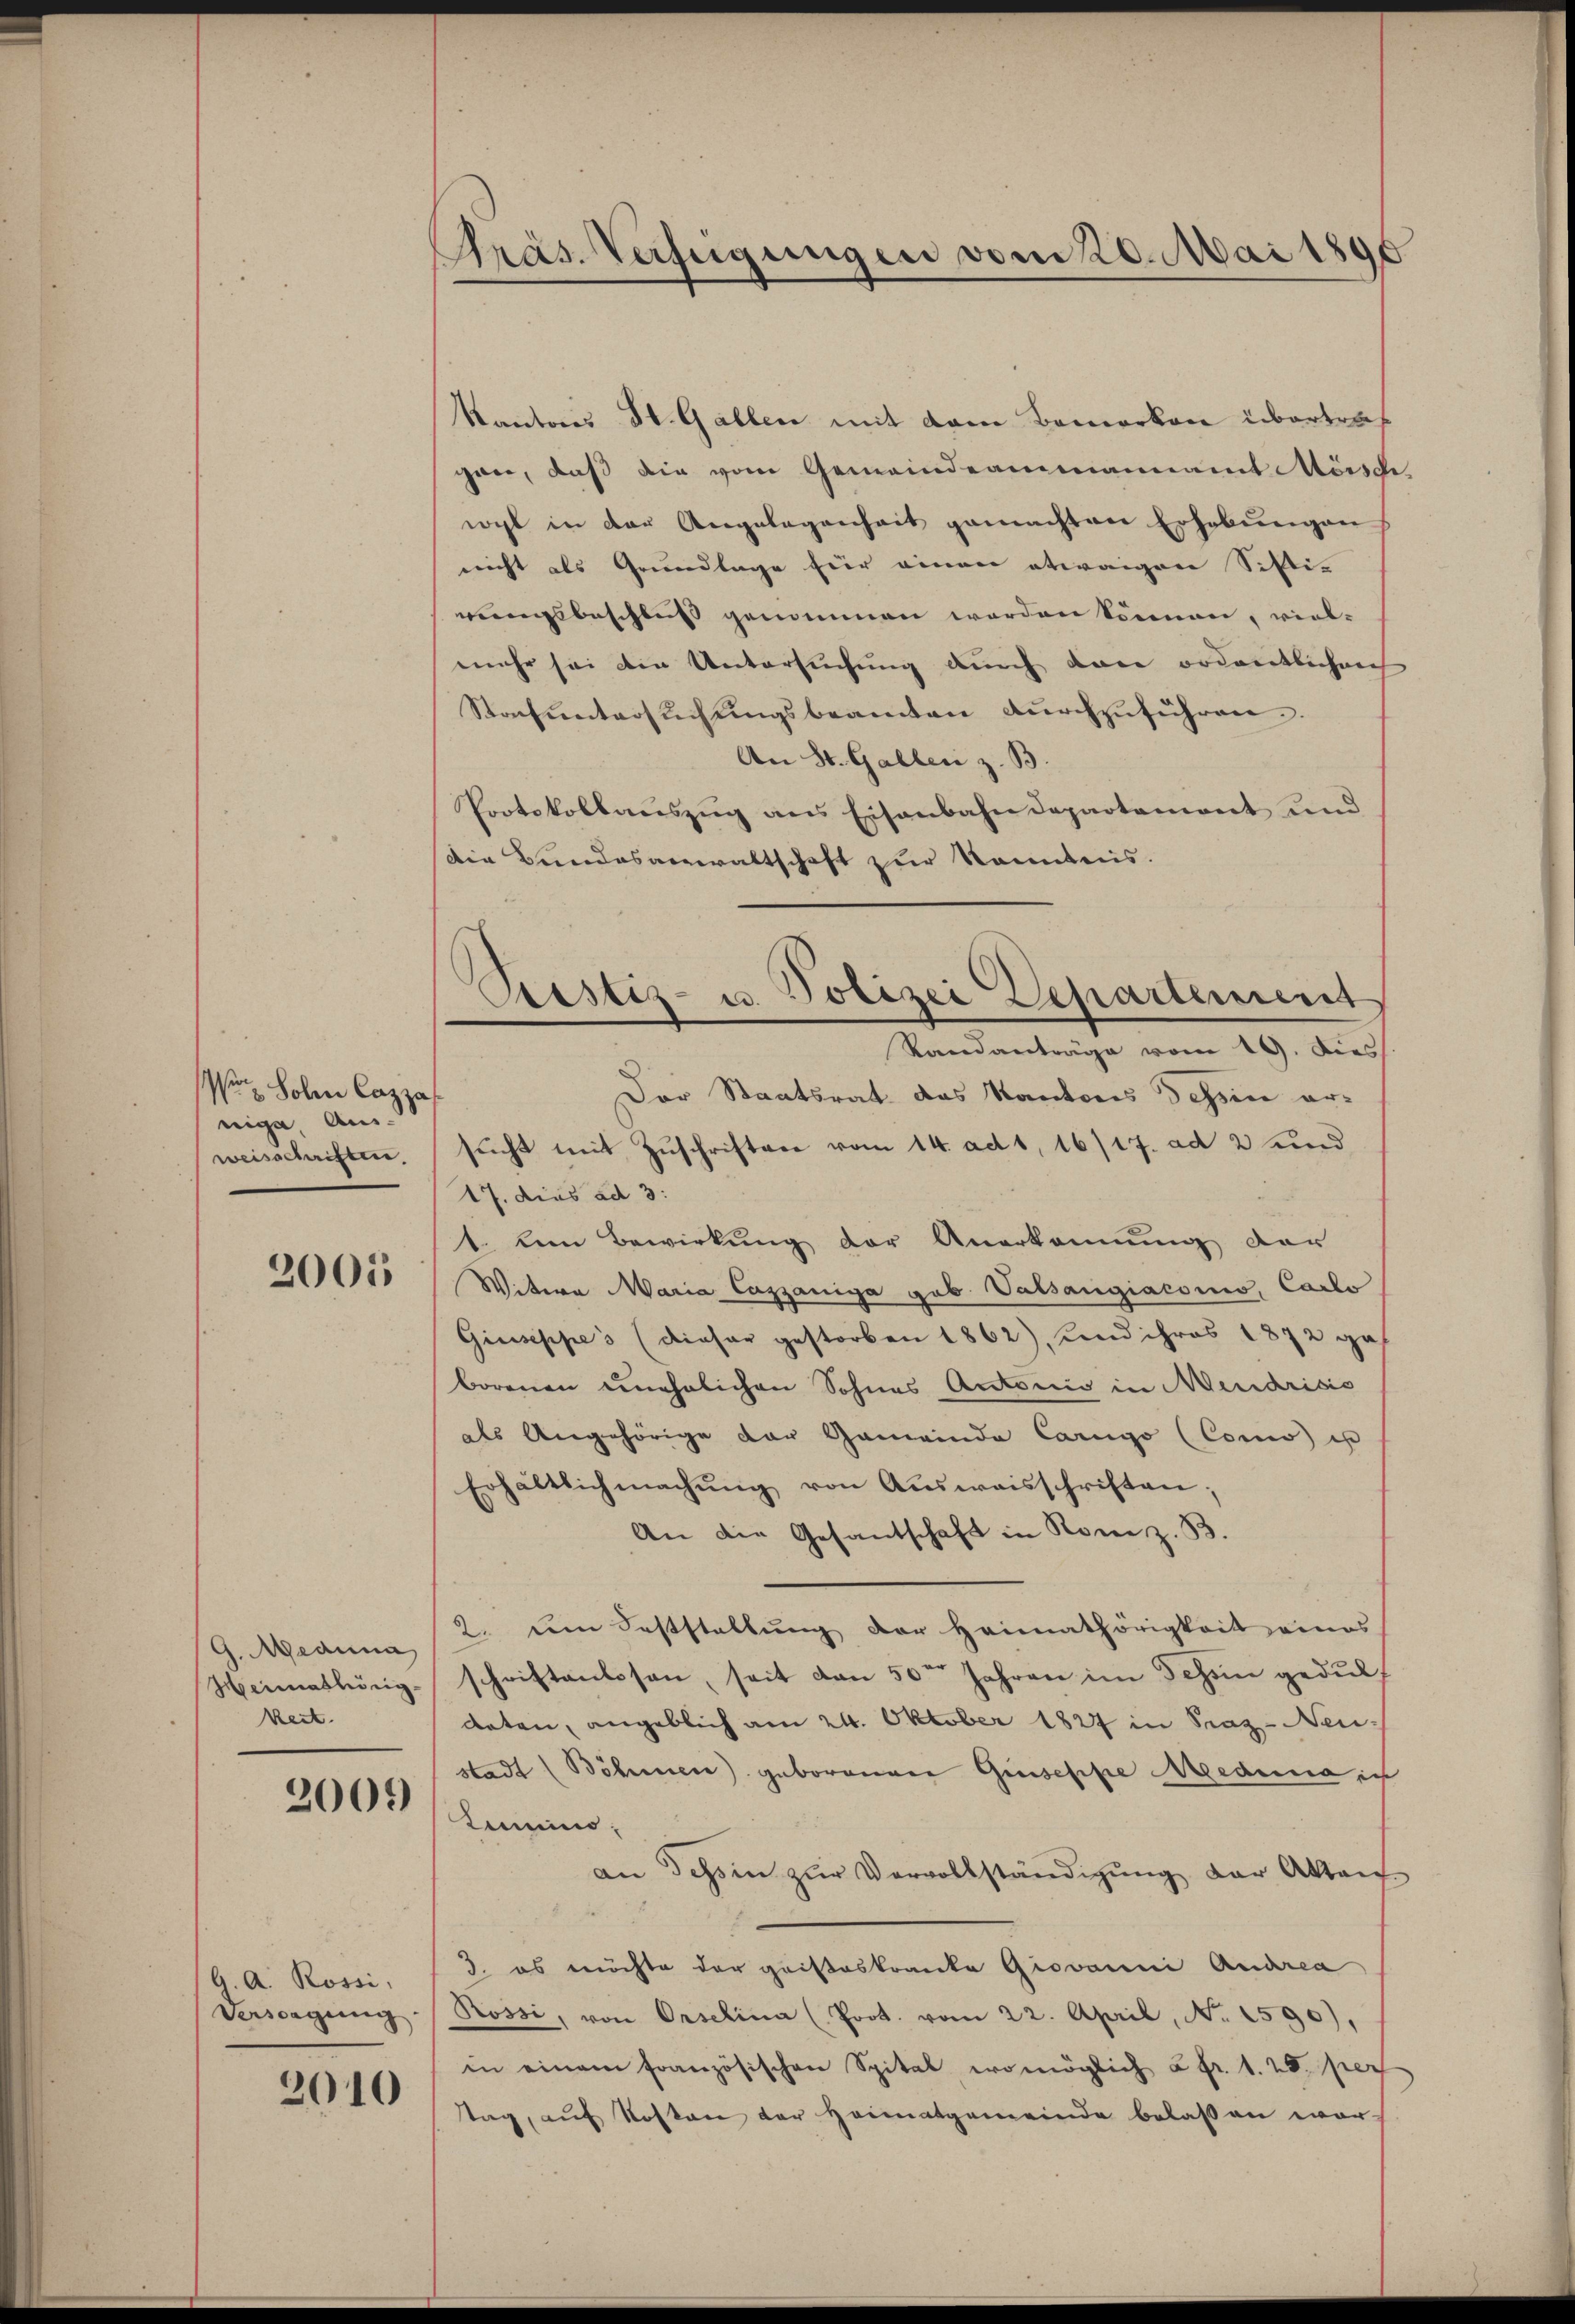
Wo Solen Cazza
nige Aus-
weisschriften.

2001

G. Medina
Heimathörig
keit.

2000

G. A. Rossi,
Versagung

2010

Präs. Verfügungen vom 20. Mai 1890

Kantons St. Gallen mit dem Bemerken übertrag
gan, daß die vom Gemeindeammannamt Meisch,
wohl in der Angelegenheit gemachten Erhebŭngen
nicht als Grundlage für einen etwaigen Sisti-
rungsbeschluß genommen werden können, vielmehr sei die Untersuchung durch den ordentlichen
Stonfŭntersuchungsbeamten dŭrchzuführen.
An St. Gallen z. B.
Protokollaŭszŭg ans Eisenbahndepartement und
Die Bundesanwaltschaft zur kanntens.
Der Staatsrat das Kantons Tessin ersŭcht mit Zŭschriften vom 14. ad 1, 16/17. ad 2 und
17. dies ad 3:
1. Am Bewirkung der Anerkennung der
Witea Maria Cazzaniga gob. Valsangiaconis, Carlo
Giuseppes (diasar gestorben 1862), Kind ihres 1872 ga
borenen unehelichen Sohnes Antonis in Mendrisis
als Angehörige der Gemeinde Carigo (Como is
Erhältlich machŭng von Aŭsweisschriften;
An die Gesantschaft in Rone z. B.
2. im Feststellŭng der Heimathörigkeit eines
schriftenlosen, seit den 50ten Jahren im Schön gedulf
daten, angeblich am 24. Oktober 1827 in Praz- Neustadt (Böhmen) geborenen Grussesse Angedena in
Kemnino,
an Tessin zŭr Vervollständigung der Akten
3. es möchte der gristeskranke Giovanni Quarea
Rossi, von Orselina (Prot. vom 22. April, No. 1590),
in einem französischen Spital womöglich à fr. 1. 25. pers
tag, aŭf Kosten der Heimatgemeinde belaßen wor

Prestiz- u. Polizei Departement
Randanträge vom 19. Dies